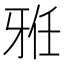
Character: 𱭥